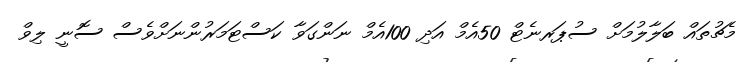
މެޗުތައް ބަލާލުމަށް ސުޕަރނެޓް 50އެމް އަދި 100އެމް ނަންގަވާ ކަސްޓަމަރުންނަށްވެސް ސޮނީ ލިވް